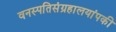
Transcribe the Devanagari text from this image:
वनस्पतिसंग्रहालयांपकी